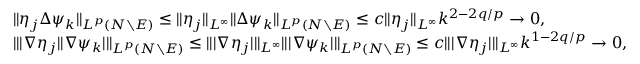
\begin{array} { r l } & { \| \eta _ { j } \Delta \psi _ { k } \| _ { L ^ { p } ( N \setminus E ) } \le \| \eta _ { j } \| _ { L ^ { \infty } } \| \Delta \psi _ { k } \| _ { L ^ { p } ( N \setminus E ) } \le c \| \eta _ { j } \| _ { L ^ { \infty } } k ^ { 2 - 2 q / p } \to 0 , } \\ & { \| | \nabla \eta _ { j } | | \nabla \psi _ { k } | \| _ { L ^ { p } ( N \setminus E ) } \le \| | \nabla \eta _ { j } | \| _ { L ^ { \infty } } \| | \nabla \psi _ { k } | \| _ { L ^ { p } ( N \setminus E ) } \le c \| | \nabla \eta _ { j } | \| _ { L ^ { \infty } } k ^ { 1 - 2 q / p } \to 0 , } \end{array}